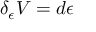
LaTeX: \delta _ { \epsilon } V = d \epsilon